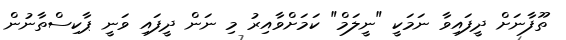
ތޫފާނަށް ދީފައިވާ ނަމަކީ "ނީލަމް" ކަމަށްވާއިރު މި ނަން ދީފައި ވަނީ ޕާކިސްތާނުން